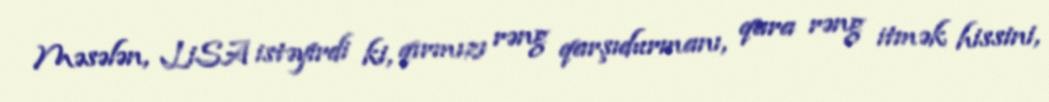
Məsələn, LiSA istəyirdi ki, qırmızı rəng qarşıdurmanı, qara rəng itmək hissini,